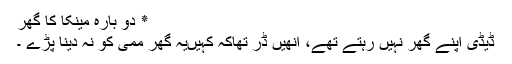
٭ دو بارہ مینکا کا گھر
ڈیڈی اپنے گھر نہیں رہتے تھے، انھیں ڈر تھاکہ کہیںیہ گھر ممی کو نہ دینا پڑے ۔